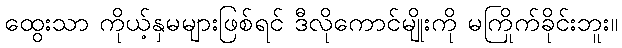
ထွေးသာ ကိုယ့်နှမများဖြစ်ရင် ဒီလိုကောင်မျိုးကို မကြိုက်ခိုင်းဘူး။